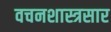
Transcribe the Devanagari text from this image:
वचनशास्त्रसार